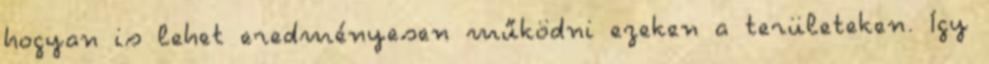
hogyan is lehet eredményesen működni ezeken a területeken. Így